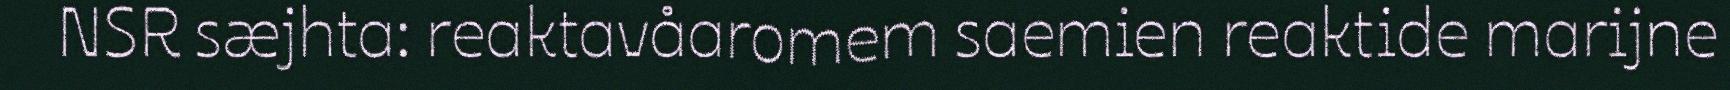
NSR sæjhta: reaktavåaromem saemien reaktide marijne